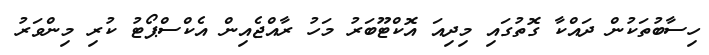
ހިސާބުތަކުން ދައްކާ ގޮތުގައި މިދިއަ އޮކްޓޫބަރު މަހު ރާއްޖެއިން އެކްސްޕޯޓު ކުރި މިންވަރު